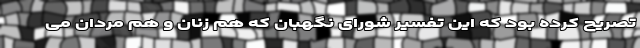
تصریح کرده بود که این تفسیر شورای نگهبان که هم زنان و هم مردان می